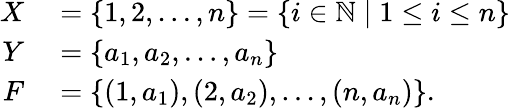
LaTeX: \begin{array}{rl}{X}&{{}=\{ 1,2,\dots,n\} =\{ i\in\mathbb{N}\mid 1\leq i\leq n\} }\\ {Y}&{{}=\{ a_{1},a_{2},\ldots,a_{n}\} }\\ {F}&{{}=\{ (1,a_{1}),(2,a_{2}),\ldots,(n,a_{n})\} .}\end{array}